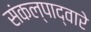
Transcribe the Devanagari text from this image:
संकल्पाद्वारे